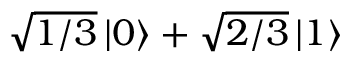
\sqrt { 1 / 3 } \left| 0 \right\rangle + \sqrt { 2 / 3 } \left| 1 \right\rangle